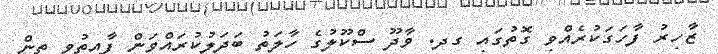
ޒާހިރު ފާހަގަކުރެއްވި ގޮތުގައި ގދ. ވާދޫ ސްކޫލުގެ ހާލަތު ބަދަލުކުރައްވަން ފާއިތުވި ތިން